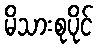
မိသားစုပိုင်